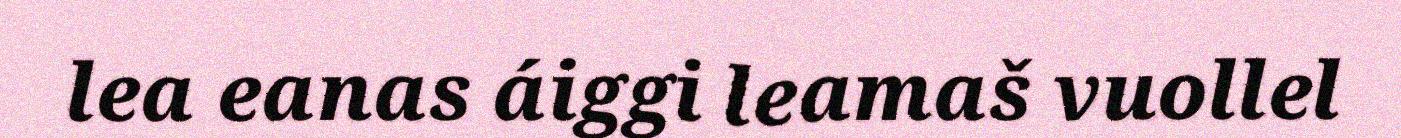
lea eanas áiggi leamaš vuollel